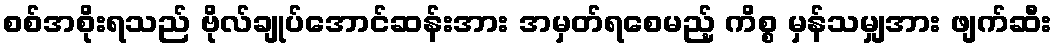
စစ်အစိုးရသည် ဗိုလ်ချုပ်အောင်ဆန်းအား အမှတ်ရစေမည့် ကိစ္စ မှန်သမျှအား ဖျက်ဆီး